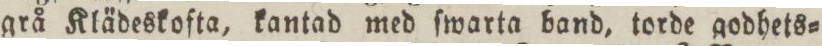
grå Klädeskofta, kantad med ſwarta band, torde godhets=